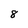
Character: 8